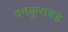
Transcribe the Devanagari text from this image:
वनकुसवडे